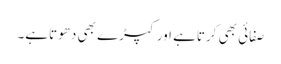
صفائی بھی کرتاہے اور کپڑے بھی دھوتاہے۔